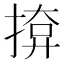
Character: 𭡢